Indian journal of veterinary science and animal husbandry - Volume 7,
Year: 1937
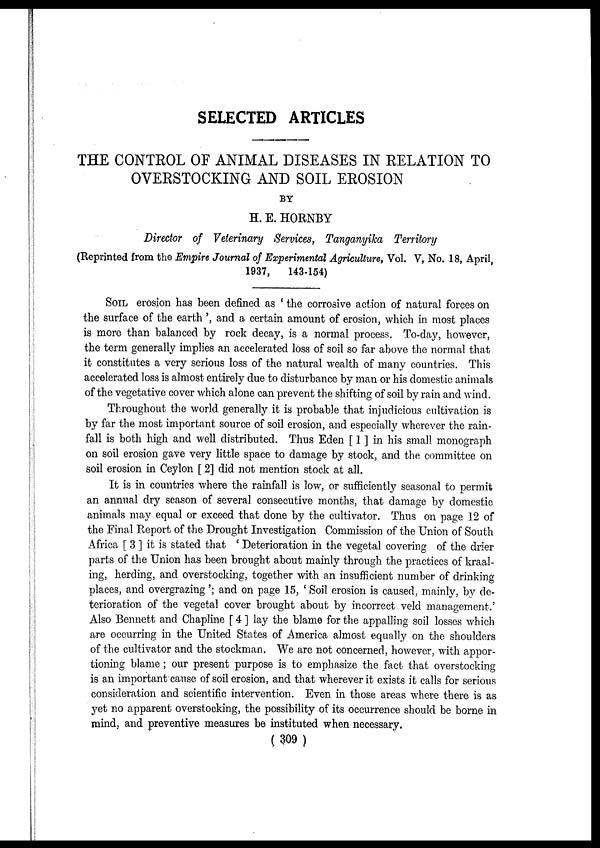
SELECTED ARTICLES
THE CONTROL OF ANIMAL DISEASES IN RELATION TO
OVERSTOCKING AND SOIL EROSION
BY
H. E. HORNBY
Director of Veterinary Services, Tanganyika Territory
(Reprinted from the Empire Journal of Experimental Agriculture, Vol. V, No. 18, April,
1937,
143-154)
SOIL erosion has been defined as ' the corrosive action of natural forces on
the surface of the earth', and a certain amount of erosion, which in most places
is more than balanced by rock decay, is a normal process. To-day, however,
the term generally implies an accelerated loss of soil so far above the normal that
it constitutes a very serious loss of the natural wealth of many countries. This
accelerated loss is almost entirely due to disturbance by man or his domestic animals
of the vegetative cover which alone can prevent the shifting of soil by rain and wind.
Throughout the world generally it is probable that injudicious cultivation is
by far the most important source of soil erosion, and especially wherever the rain-
fall is both high and well distributed. Thus Eden [ 1 ] in his small monograph
on soil erosion gave very little space to damage by stock, and the committee on
soil erosion in Ceylon [ 2] did not mention stock at all.
It is in countries where the rainfall is low, or sufficiently seasonal to permit
an annual dry season of several consecutive months, that damage by domestic
animals may equal or exceed that done by the cultivator. Thus on page 12 of
the Final Report of the Drought Investigation Commission of the Union of South
Africa [ 3 ] it is stated that ' Deterioration in the vegetal covering of the drier
parts of the Union has been brought about mainly through the practices of kraal¬
ing, herding, and overstocking, together with an insufficient number of drinking
places, and overgrazing'; and on page 15, ' Soil erosion is caused, mainly, by de-
terioration of the vegetal cover brought about by incorrect veld management.'
Also Bennett and Chapline [ 4 ] lay the blame for the appalling soil losses which
are occurring in the United States of America almost equally on the shoulders
of the cultivator and the stockman. We are not concerned, however, with appor-
tioning blame ; our present purpose is to emphasize the fact that overstocking
is an important cause of soil erosion, and that wherever it exists it calls for serious
consideration and scientific intervention. Even in those areas where there is as
yet no apparent overstocking, the possibility of its occurrence should be borne in
mind, and preventive measures be instituted when necessary.
( 309 )